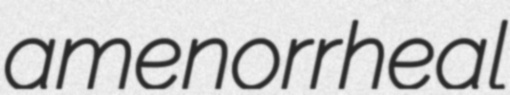
amenorrheal